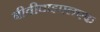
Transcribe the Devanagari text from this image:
बीवीवाइएलएफ